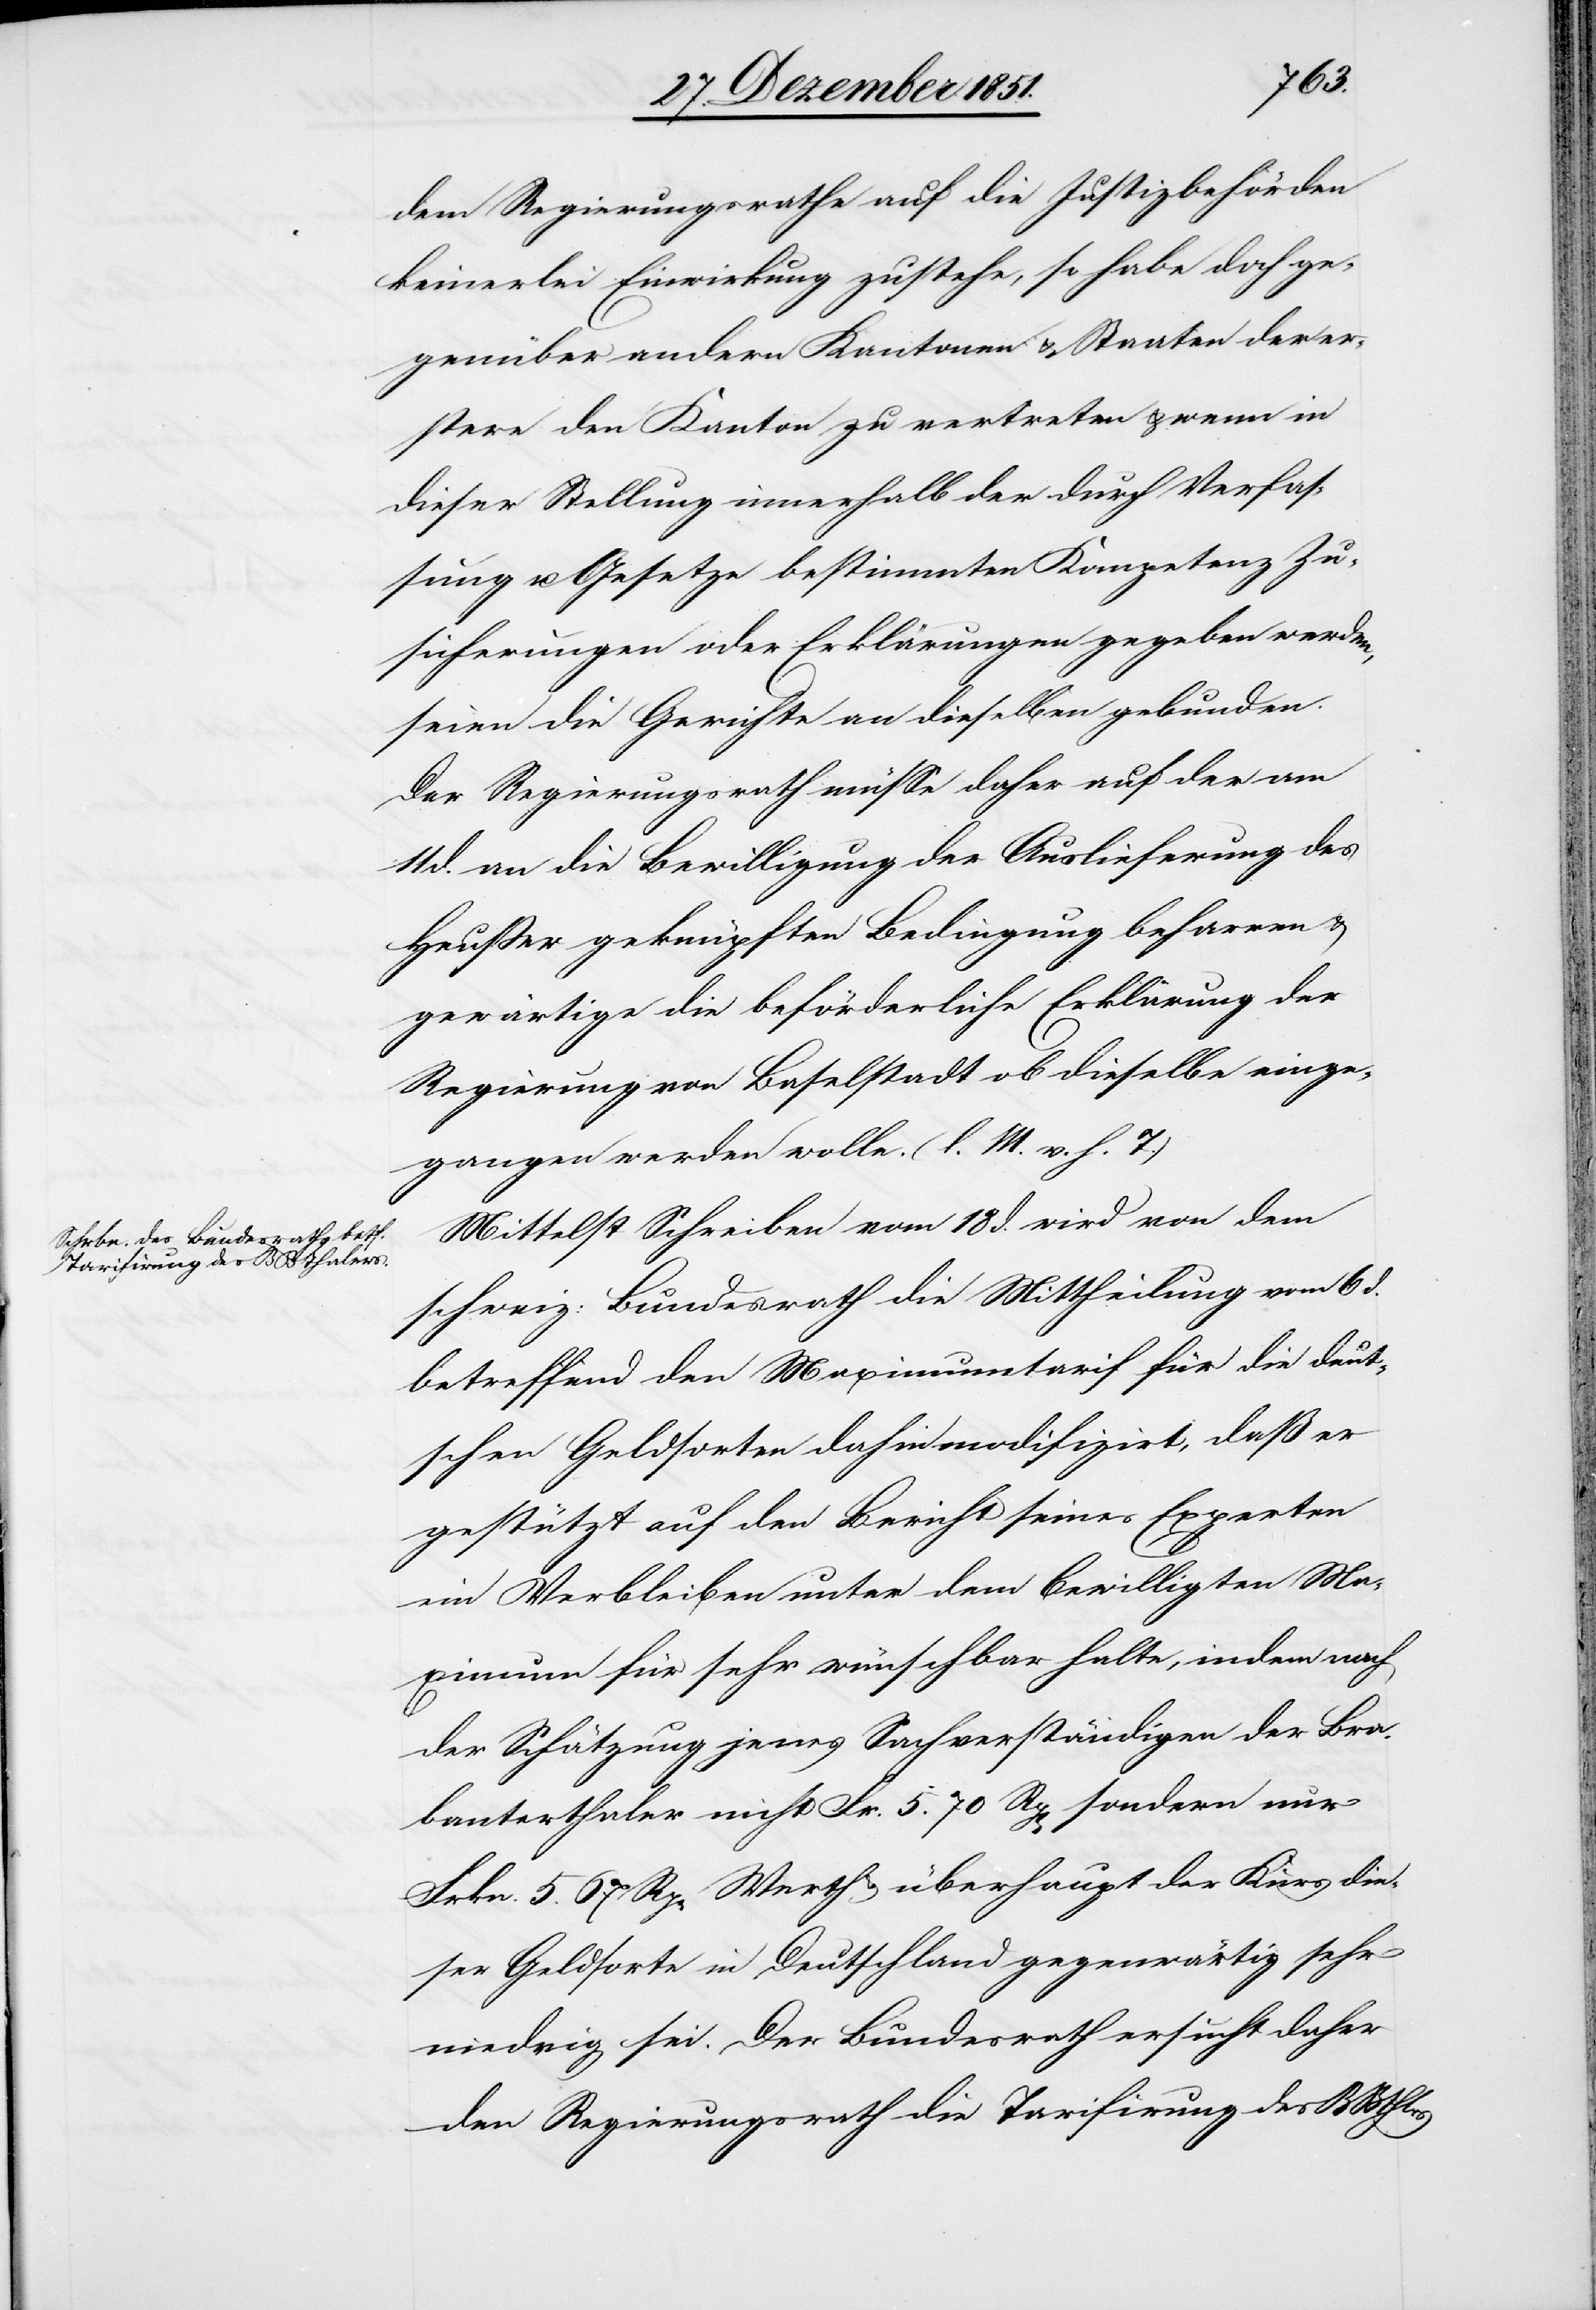
dem Regierungsrathe auf die Justizbehörden
keinerlei Einwirkung zustehe, so habe doch ge¬
genüber andern Kantonen & Staaten der er¬
stere den Kanton zu vertreten & wenn in
dieser Stellung innerhalb der durch Verfas¬
sung u. Gesetze bestimmten Kompetenz Zu¬
sicherungen oder Erklärungen gegeben werden,
seien die Gerichte an dieselben gebunden.
Der Regierungsrath müsse daher auf der am
11 d. an die Bewilligung der Auslieferung des
Heußer geknüpften Bedingung beharren &
gewärtige die beförderliche Erklärung der
Regierung von Baselstadt ob dieselbe einge¬
gangen werden wolle. (l. M. v. h. T.)
Mittelst Schreiben vom 18 d. wird von dem
schweiz: Bundesrath die Mittheilung vom 6 d.
betreffend den Maximumtarif für die deut¬
schen Geldsorten dahin modifizirt, daß er
gestützt auf den Bericht seines Experten
ein Verbleiben unter dem bewilligten Ma¬
ximum für sehr wünschbar halte, indem nach
der Schätzung jenes Sachverständigen der Bra¬
banterthaler nicht Fr. 5. 70 Rp[en] sondern nur
Frkn. 5. 67 Rp[en] Werth & überhaupt der Kurs die¬
ser Geldsorte in Deutschland gegenwärtig sehr
niedrig sei. Der Bundesrath ersucht daher
den Regierungsrath die Tarifirung des BBthlrs